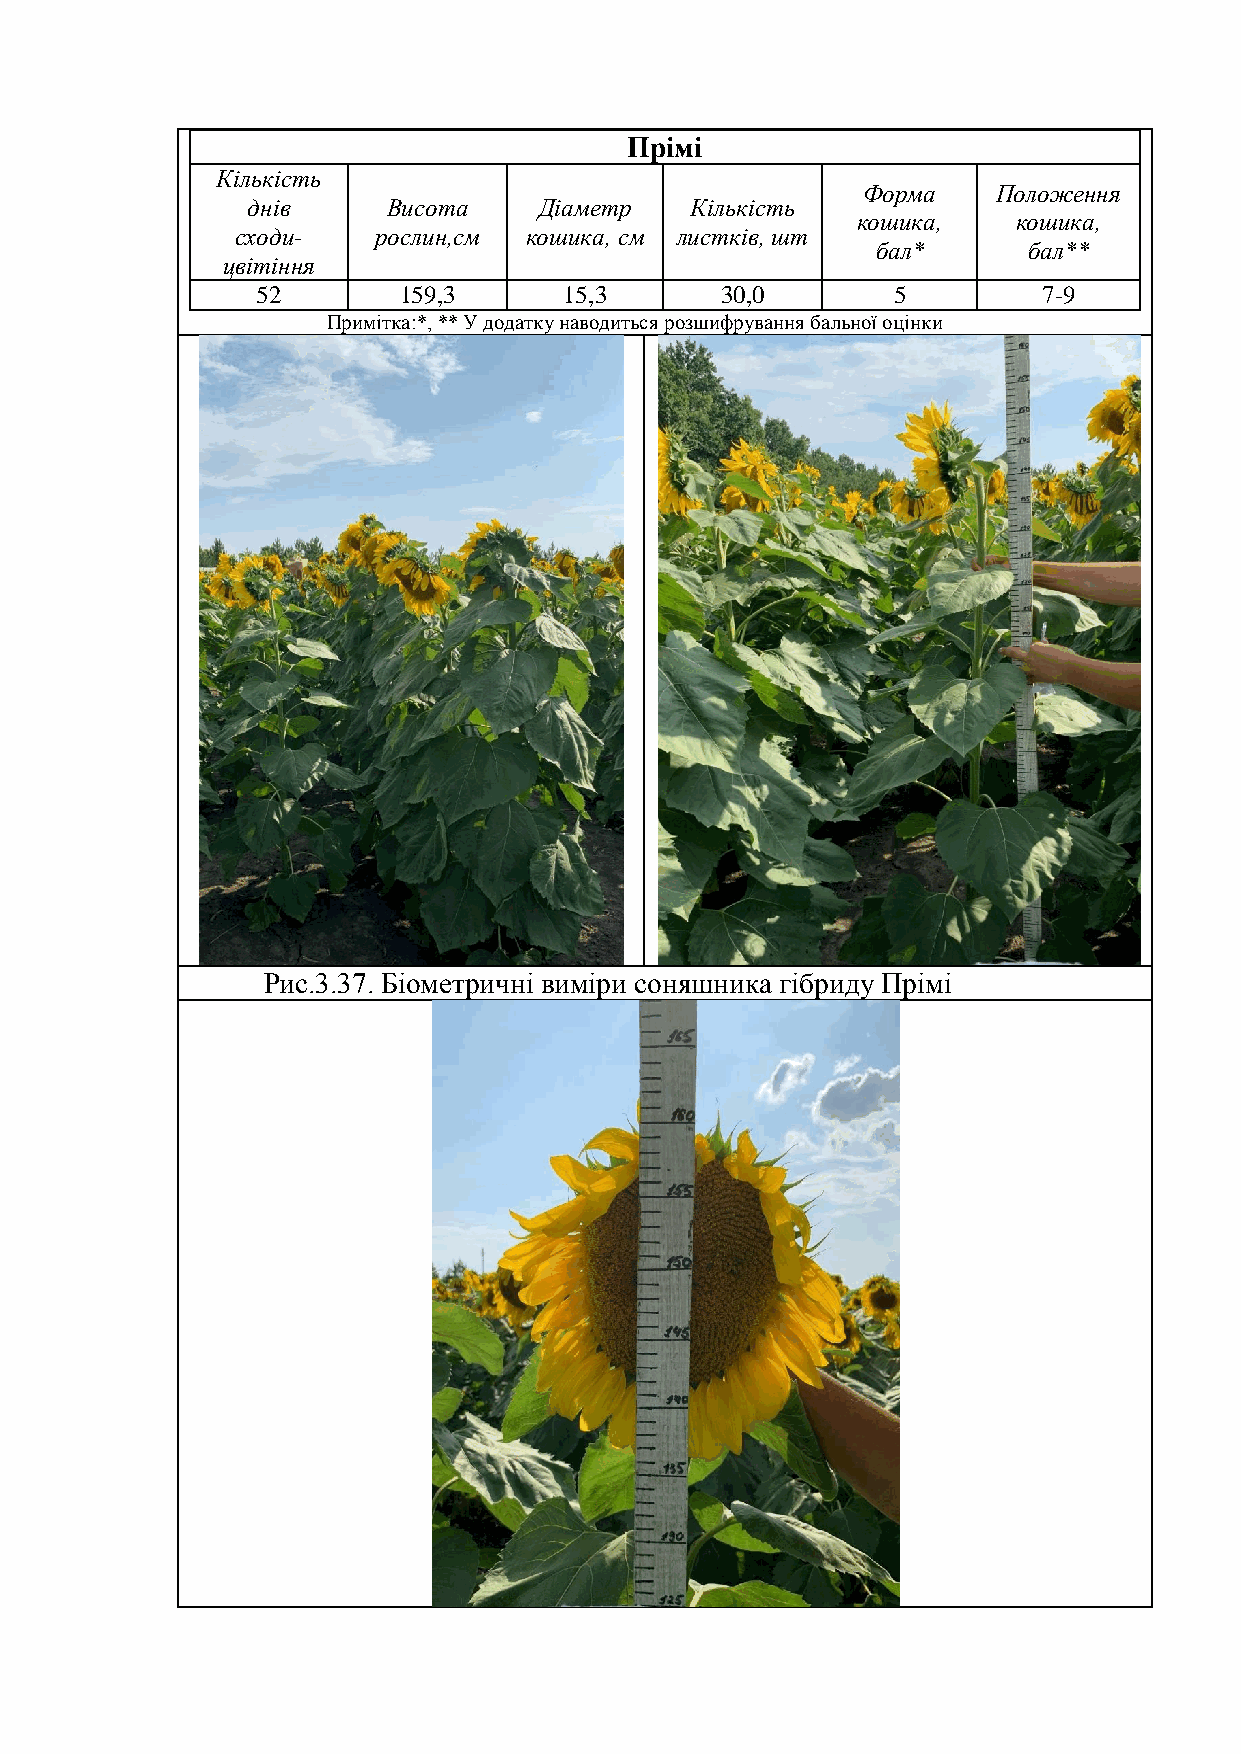
Прімі
 Кількість
 Форма    Положення
 днів      Висота    Діаметр   Кількість
 кошика,   кошика,
 сходи-   рослин,см кошика, см листків, шт
 бал*      бал**
 цвітіння
 52       159,3      15,3       30,0       5         7-9
 Примітка:*, ** У додатку наводиться розшифрування бальної оцінки
 Рис.3.37. Біометричні виміри соняшника гібриду Прімі